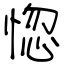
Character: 惚